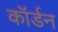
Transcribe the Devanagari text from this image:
कॉर्डन